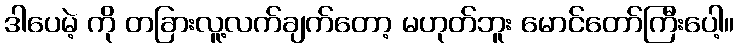
ဒါပေမဲ့ ကို တခြားလူ့လက်ချက်တော့ မဟုတ်ဘူး မောင်တော်ကြီးပေါ့။